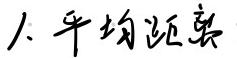
1. 平均距离